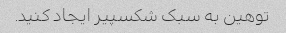
توهین به سبک شکسپیر ایجاد کنید.